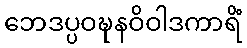
ဘေဒပ္ပဝဍ္ဎနဝိဝါဒကာရိံ